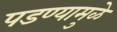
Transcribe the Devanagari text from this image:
पडण्यामुळे